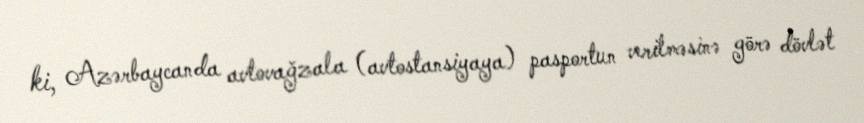
ki, Azərbaycanda avtovağzala (avtostansiyaya) pasportun verilməsinə görə dövlət